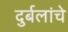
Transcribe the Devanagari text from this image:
दुर्बलांचे